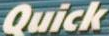
Quick